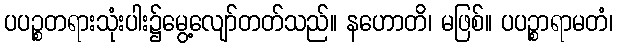
ပပဉ္စတရားသုံးပါး၌မွေ့လျော်တတ်သည်။ နဟောတိ၊ မဖြစ်။ ပပဉ္စာရာမတံ၊